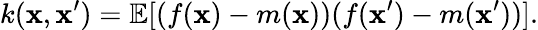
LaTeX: k(\mathbf{x},\mathbf{x^{\prime}})=\mathbb{E}[(f(\mathbf{x})-m(\mathbf{x}))(f(\mathbf{x^{\prime}})-m(\mathbf{x^{\prime}}))].